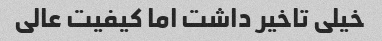
خیلی تاخیر داشت اما کیفیت عالی